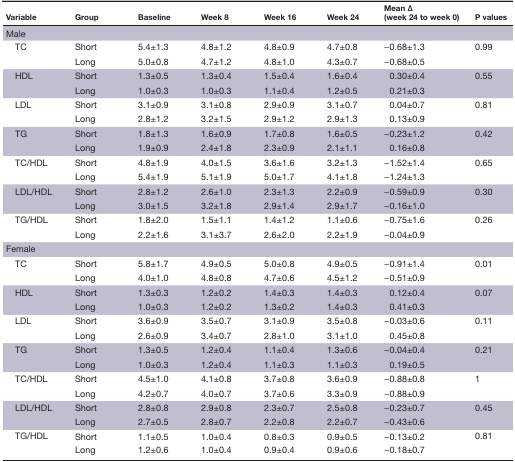
<table><thead><tr><td><b>Variable</b></td><td><b>Group</b></td><td><b>Baseline</b></td><td><b>Week 8</b></td><td><b>Week 16</b></td><td><b>Week 24</b></td><td><b>Mean Δ(week 24 to week 0)</b></td><td><b>P values</b></td></tr></thead><tbody><tr><td>Male</td><td></td><td></td><td></td><td></td><td></td><td></td><td></td></tr><tr><td rowspan="2"> TC</td><td>Short</td><td>5.4±1.3</td><td>4.8±1.2</td><td>4.8±0.9</td><td>4.7±0.8</td><td>−0.68±1.3</td><td rowspan="2">0.99</td></tr><tr><td>Long</td><td>5.0±0.8</td><td>4.7±1.2</td><td>4.8±1.0</td><td>4.3±0.7</td><td>−0.68±0.5</td></tr><tr><td rowspan="2"> HDL</td><td>Short</td><td>1.3±0.5</td><td>1.3±0.4</td><td>1.5±0.4</td><td>1.6±0.4</td><td>0.30±0.4</td><td rowspan="2">0.55</td></tr><tr><td>Long</td><td>1.0±0.3</td><td>1.0±0.3</td><td>1.1±0.4</td><td>1.2±0.5</td><td>0.21±0.3</td></tr><tr><td rowspan="2"> LDL</td><td>Short</td><td>3.1±0.9</td><td>3.1±0.8</td><td>2.9±0.9</td><td>3.1±0.7</td><td>0.04±0.7</td><td rowspan="2">0.81</td></tr><tr><td>Long</td><td>2.8±1.2</td><td>3.2±1.5</td><td>2.9±1.2</td><td>2.9±1.3</td><td>0.13±0.9</td></tr><tr><td rowspan="2"> TG</td><td>Short</td><td>1.8±1.3</td><td>1.6±0.9</td><td>1.7±0.8</td><td>1.6±0.5</td><td>−0.23±1.2</td><td rowspan="2">0.42</td></tr><tr><td>Long</td><td>1.9±0.9</td><td>2.4±1.8</td><td>2.3±0.9</td><td>2.1±1.1</td><td>0.16±0.8</td></tr><tr><td rowspan="2"> TC/HDL</td><td>Short</td><td>4.8±1.9</td><td>4.0±1.5</td><td>3.6±1.6</td><td>3.2±1.3</td><td>−1.52±1.4</td><td rowspan="2">0.65</td></tr><tr><td>Long</td><td>5.4±1.9</td><td>5.1±1.9</td><td>5.0±1.7</td><td>4.1±1.8</td><td>−1.24±1.3</td></tr><tr><td rowspan="2"> LDL/HDL</td><td>Short</td><td>2.8±1.2</td><td>2.6±1.0</td><td>2.3±1.3</td><td>2.2±0.9</td><td>−0.59±0.9</td><td rowspan="2">0.30</td></tr><tr><td>Long</td><td>3.0±1.5</td><td>3.2±1.8</td><td>2.9±1.4</td><td>2.9±1.7</td><td>−0.16±1.0</td></tr><tr><td rowspan="2"> TG/HDL</td><td>Short</td><td>1.8±2.0</td><td>1.5±1.1</td><td>1.4±1.2</td><td>1.1±0.6</td><td>−0.75±1.6</td><td rowspan="2">0.26</td></tr><tr><td>Long</td><td>2.2±1.6</td><td>3.1±3.7</td><td>2.6±2.0</td><td>2.2±1.9</td><td>−0.04±0.9</td></tr><tr><td>Female</td><td></td><td></td><td></td><td></td><td></td><td></td><td></td></tr><tr><td rowspan="2"> TC</td><td>Short</td><td>5.8±1.7</td><td>4.9±0.5</td><td>5.0±0.8</td><td>4.9±0.5</td><td>−0.91±1.4</td><td rowspan="2">0.01</td></tr><tr><td>Long</td><td>4.0±1.0</td><td>4.8±0.8</td><td>4.7±0.6</td><td>4.5±1.2</td><td>−0.51±0.9</td></tr><tr><td rowspan="2"> HDL</td><td>Short</td><td>1.3±0.3</td><td>1.2±0.2</td><td>1.4±0.3</td><td>1.4±0.3</td><td>0.12±0.4</td><td rowspan="2">0.07</td></tr><tr><td>Long</td><td>1.0±0.3</td><td>1.2±0.2</td><td>1.3±0.2</td><td>1.4±0.3</td><td>0.41±0.3</td></tr><tr><td rowspan="2"> LDL</td><td>Short</td><td>3.6±0.9</td><td>3.5±0.7</td><td>3.1±0.9</td><td>3.5±0.8</td><td>−0.03±0.6</td><td rowspan="2">0.11</td></tr><tr><td>Long</td><td>2.6±0.9</td><td>3.4±0.7</td><td>2.8±1.0</td><td>3.1±1.0</td><td>0.45±0.8</td></tr><tr><td rowspan="2"> TG</td><td>Short</td><td>1.3±0.5</td><td>1.2±0.4</td><td>1.1±0.4</td><td>1.3±0.6</td><td>−0.04±0.4</td><td rowspan="2">0.21</td></tr><tr><td>Long</td><td>1.0±0.3</td><td>1.2±0.4</td><td>1.1±0.3</td><td>1.1±0.3</td><td>0.19±0.5</td></tr><tr><td rowspan="2"> TC/HDL</td><td>Short</td><td>4.5±1.0</td><td>4.1±0.8</td><td>3.7±0.8</td><td>3.6±0.9</td><td>−0.88±0.8</td><td rowspan="2">1</td></tr><tr><td>Long</td><td>4.2±0.7</td><td>4.0±0.7</td><td>3.7±0.6</td><td>3.3±0.9</td><td>−0.88±0.9</td></tr><tr><td rowspan="2"> LDL/HDL</td><td>Short</td><td>2.8±0.8</td><td>2.9±0.8</td><td>2.3±0.7</td><td>2.5±0.8</td><td>−0.23±0.7</td><td rowspan="2">0.45</td></tr><tr><td>Long</td><td>2.7±0.5</td><td>2.8±0.7</td><td>2.2±0.8</td><td>2.2±0.7</td><td>−0.43±0.6</td></tr><tr><td rowspan="2"> TG/HDL</td><td>Short</td><td>1.1±0.5</td><td>1.0±0.4</td><td>0.8±0.3</td><td>0.9±0.5</td><td>−0.13±0.2</td><td rowspan="2">0.81</td></tr><tr><td>Long</td><td>1.2±0.6</td><td>1.0±0.4</td><td>0.9±0.4</td><td>0.9±0.6</td><td>−0.18±0.7</td></tr></tbody></table>